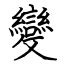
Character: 變